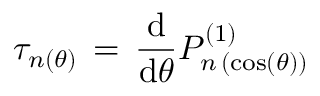
\tau _ { n ( \theta ) } \, = \, \frac { \mathrm { d } } { \mathrm { d } \theta } P _ { n \, ( \cos ( \theta ) ) } ^ { ( 1 ) }